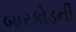
બારકોડની